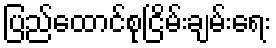
ပြည်ထောင်စုငြိမ်းချမ်းရေး